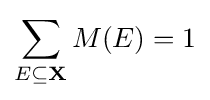
\sum _{E\subseteq \mathbf {X} }M(E)=1